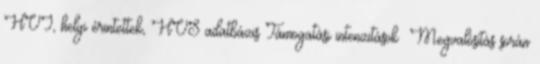
HVI, helyi érintettek, HVS adatbázis Támogatási intenzitások ▪Megvalósítás során